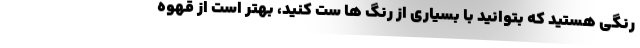
رنگی هستید که بتوانید با بسیاری از رنگ ها ست کنید، بهتر است از قهوه